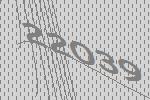
22039